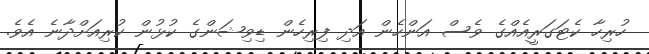
ހުރިހާ ކެޓަގަރީއެއްގެ ވެސް އަންހެން އަދި ފިރިހެން ޑިވިޝަންގެ ކުޅުން ކުރިއަށްދާނެ އެވެ.